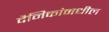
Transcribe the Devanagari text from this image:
दैनिकांमधील